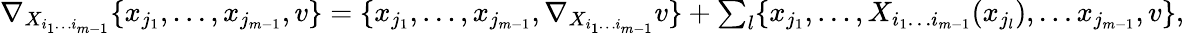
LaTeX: \begin{array}{r}{\nabla_{X_{i_{1}\dotsc i_{m-1}}}\{ x_{j_{1}},\dotsc,x_{j_{m-1}},v\} =\{ x_{j_{1}},\dotsc,x_{j_{m-1}},\nabla_{X_{i_{1}\dotsc i_{m-1}}}v\} +\sum_{l}\{ x_{j_{1}},\dotsc,X_{i_{1}\dotsc i_{m-1}}(x_{j_{l}}),\dotsc x_{j_{m-1}},v\} ,}\end{array}